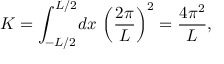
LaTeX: K = \int _ { - L / 2 } ^ { L / 2 } \! d x \, \left( \frac { 2 \pi } { L } \right) ^ { 2 } = \frac { 4 \pi ^ { 2 } } L ,